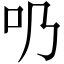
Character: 𠮨